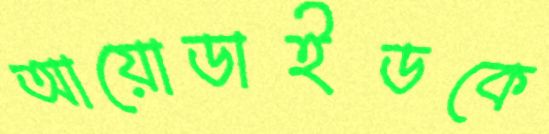
আয়োডাইডকে